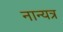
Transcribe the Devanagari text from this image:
नान्यत्र